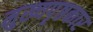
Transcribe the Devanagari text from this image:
मुख्यपृष्ठकार